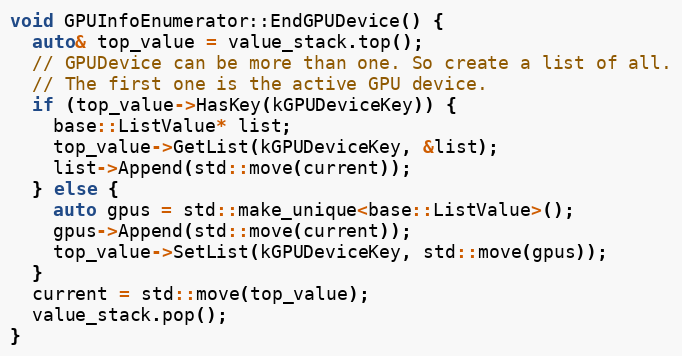
Language: C++
void GPUInfoEnumerator::EndGPUDevice() {
  auto& top_value = value_stack.top();
  // GPUDevice can be more than one. So create a list of all.
  // The first one is the active GPU device.
  if (top_value->HasKey(kGPUDeviceKey)) {
    base::ListValue* list;
    top_value->GetList(kGPUDeviceKey, &list);
    list->Append(std::move(current));
  } else {
    auto gpus = std::make_unique<base::ListValue>();
    gpus->Append(std::move(current));
    top_value->SetList(kGPUDeviceKey, std::move(gpus));
  }
  current = std::move(top_value);
  value_stack.pop();
}